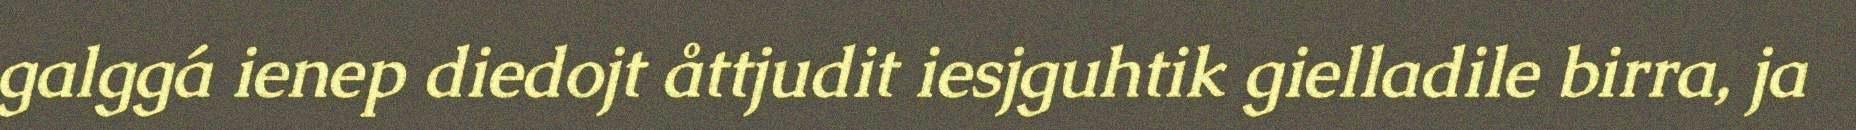
galggá ienep diedojt åttjudit iesjguhtik gielladile birra, ja